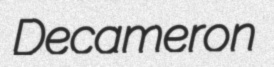
Decameron